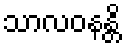
သာလဝနန္တိ